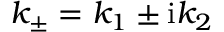
k _ { \pm } = k _ { 1 } \pm \mathrm { i } k _ { 2 }